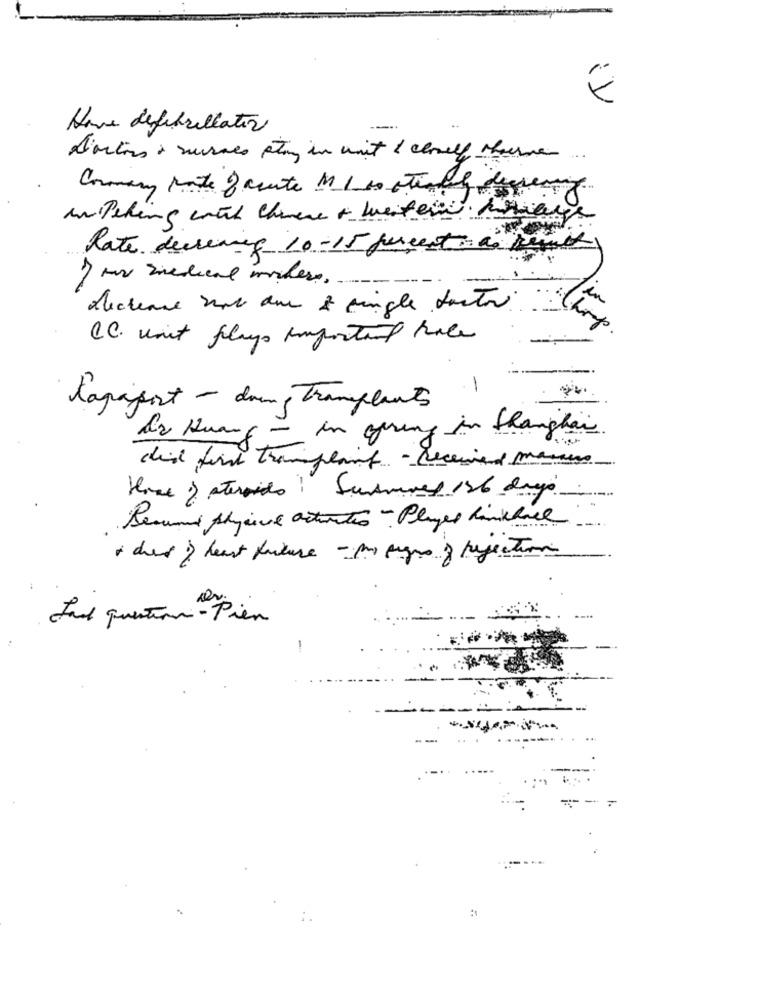
E
Have defibrillator
.....
doctors + sucres sting in unit & closely there
...
Rate decrewing 10-15 percent as Result
I mor medical modders ..
in
decrease 2mb due À pingle doctor
CC. unit plays important hace
Chop
-
1
tagapost - down Transplants
de Huang - in gering in Shanghai
did find transplant - Received manaus
Here ) steroids ! Summoned 136 days.
Besund physive activités - Player hankhall
+ der ) heart future - ps pages of perfection
fund question - Pien
-
...